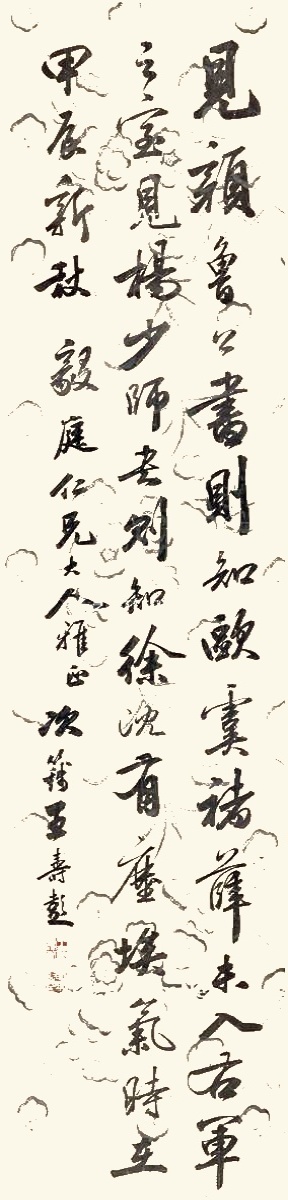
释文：见颜鲁公书，则知欧虞褚薛未入右军之室，见杨少师书，则知徐沈有尘埃气。时在甲辰新秋，毅庭仁兄大人雅正，次篯王寿彭。